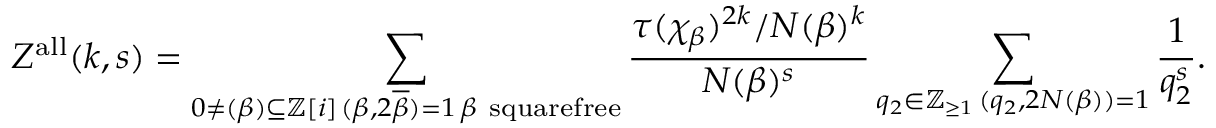
Z ^ { \mathrm { a l l } } ( k , s ) = \sum _ { \substack { 0 \neq ( \beta ) \subseteq \ensuremath { \mathbb Z } [ i ] \, ( \beta , 2 \overline { { \beta } } ) = 1 \, \beta \mathrm { ~ s q u a r e f r e e } } } \frac { \tau ( \chi _ { \beta } ) ^ { 2 k } / N ( \beta ) ^ { k } } { N ( \beta ) ^ { s } } \sum _ { \substack { q _ { 2 } \in \ensuremath { \mathbb Z } _ { \geq 1 } \, ( q _ { 2 } , 2 N ( \beta ) ) = 1 } } \frac { 1 } { q _ { 2 } ^ { s } } .